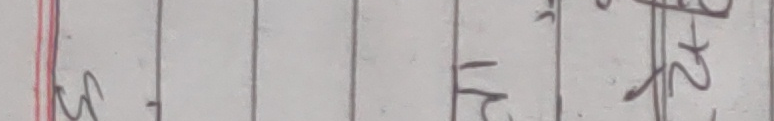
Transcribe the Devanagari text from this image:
मन्त्र प२